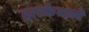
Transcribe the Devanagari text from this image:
द्वारकेमध्ये